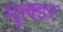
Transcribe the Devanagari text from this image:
मुलडर